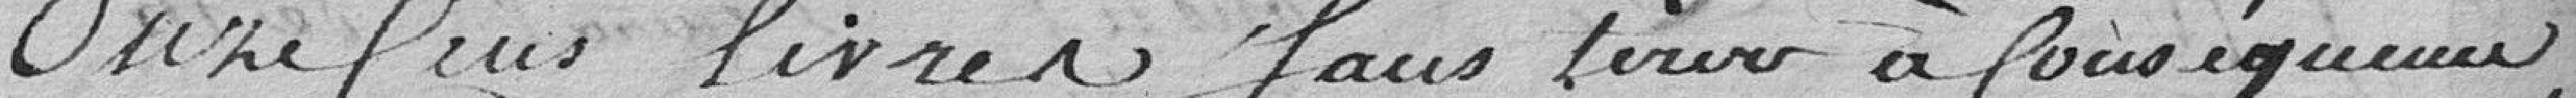
Onze cens livres faux tirer à conséquence